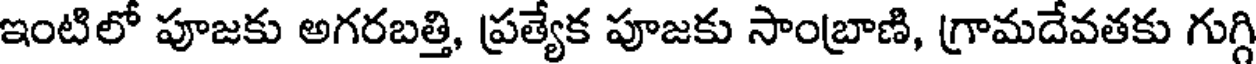
ఇంటిలో పూజకు అగరబత్తి, ప్రత్యేక పూజకు సాంబ్రాణి, గ్రామదేవతకు గుగ్గి